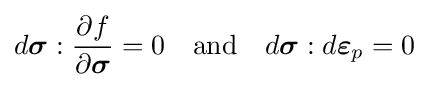
d{\boldsymbol {\sigma }}:{\frac {\partial f}{\partial {\boldsymbol {\sigma }}}}=0\quad {\text{and}}\quad d{\boldsymbol {\sigma }}:d{\boldsymbol {\varepsilon }}_{p}=0